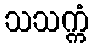
သသက္ကံ